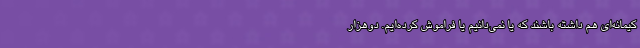
کیمانه‌ای هم داشته باشند که یا نمی‌دانیم یا فراموش کرده‌ایم. دوهزار